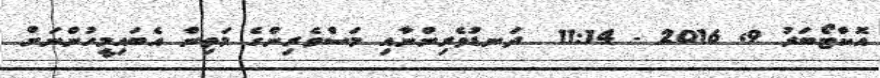
އޮކްޓޯބަރު 9